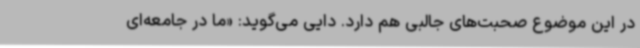
در این موضوع صحبت‌های جالبی هم دارد. دایی می‌گوید: «ما در جامعه‌ای